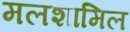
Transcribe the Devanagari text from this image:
मलशामिल